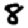
Digit: 8